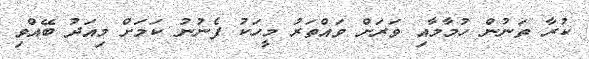
ކުރާ ތަނުން ހުމާމާއި ވަރަށް ވައްތަރު މީހަކު ފެނުނު ކަމަށް މިއަދު ބޭއްވި